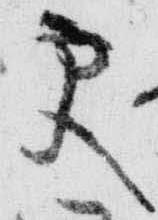
更